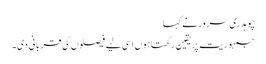
چوہدری سرور نے کہا
جمہوریت پریقین رکھتاہوں اسی لیے فیصلوں کی قربانی دی۔